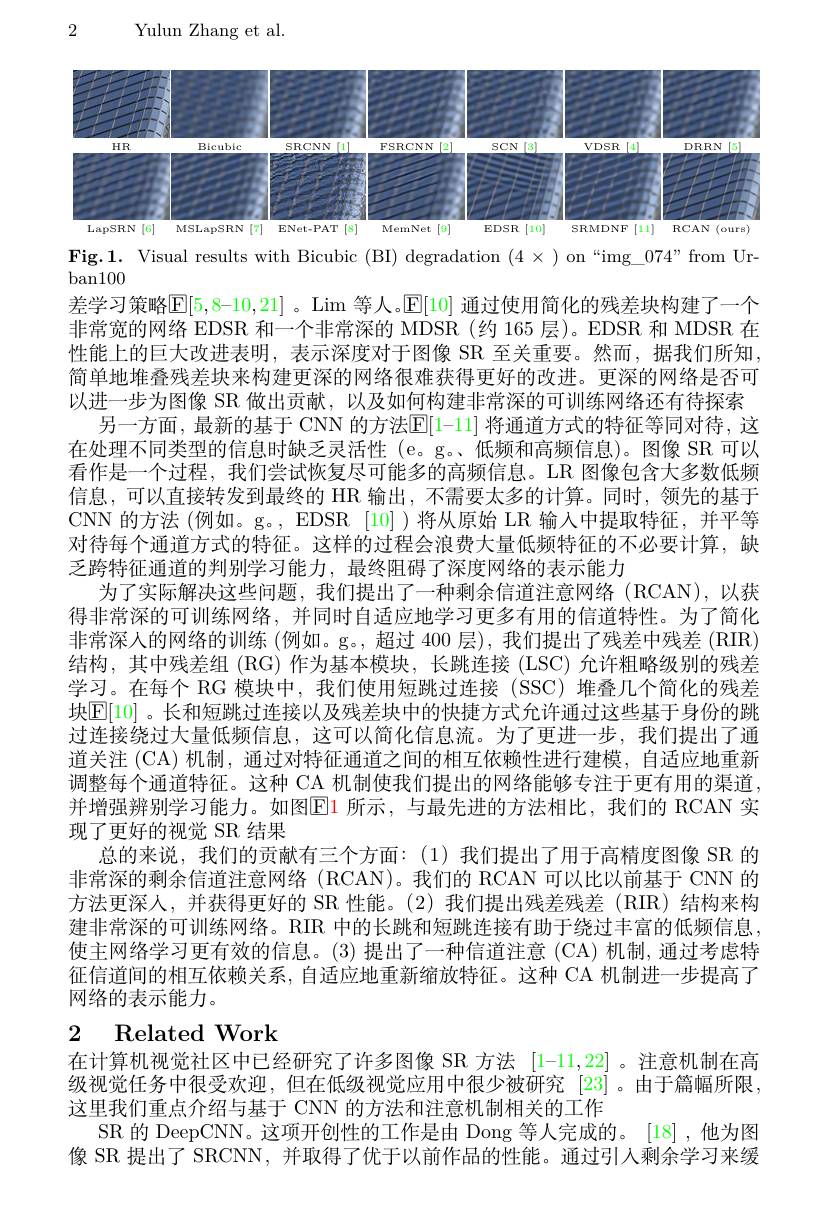
2

Yulun Zhang et al.

<FigureHere>

Fig.1. Visual results with Bicubic (BI) degradation (4~×~) on “img\_074"from Ur-
${\mathrm{ban100}}$
差学习策略$|\mathbb{E}|5,8–10,21|$ 。Lim 等人。$\mathbb{E}|10|$ 通过使用简化的残差块构建了一个非常宽的网络 EDSR 和一个非常深的 MDSR (约 165 层)。EDSR 和 MDSR 在性能上的巨大改进表明，表示深度对于图像 SR 至关重要。然而，据我们所知简单地堆叠残差块来构建更深的网络很难获得更好的改进。更深的网络是否可以进一步为图像 SR 做出贡献，以及如何构建非常深的可训练网络还有待探索
另一方面，最新的基于 CNN 的方法$\mathbb{E}[1-11]$ 将通道方式的特征等同对待，这在处理不同类型的信息时缺乏灵活性 (e。g。低频和高频信息)。图像 SR 可以看作是一个过程，我们尝试恢复尽可能多的高频信息。LR 图像包含大多数低频信息，可以直接转发到最终的 HR 输出，不需要太多的计算。同时，领先的基于CNN 的方法 (例如。g。, EDSR [10] )将从原始 LR 输入中提取特征，并平等对待每个通道方式的特征。这样的过程会浪费大量低频特征的不必要计算，缺乏跨特征通道的判别学习能力，最终阻碍了深度网络的表示能力
为了实际解决这些问题，我们提出了一种剩余信道注意网络(RCAN),以获得非常深的可训练网络，并同时自适应地学习更多有用的信道特性。为了简化非常深入的网络的训练 (例如。g。,超过 400 层), 我们提出了残差中残差 (RIR) 结构，其中残差组(RG)作为基本模块，长跳连接(LSC)允许粗略级别的残差学习。在每个 RG 模块中，我们使用短跳过连接(SSC)堆叠几个简化的残差块$\mathbb{E}[10]$ 。长和短跳过连接以及残差块中的快捷方式允许通过这些基于身份的跳过连接绕过大量低频信息，这可以简化信息流。为了更进一步，我们提出了通道关注 (CA) 机制，通过对特征通道之间的相互依赖性进行建模，自适应地重新调整每个通道特征。这种 CA 机制使我们提出的网络能够专注于更有用的渠道并增强辨别学习能力。如图Ell 所示，与最先进的方法相比，我们的 RCAN 实现了更好的视觉 SR 结果
总的来说，我们的贡献有三个方面：(1)我们提出了用于高精度图像 SR 的非常深的剩余信道注意网络 (RCAN)。我们的 RCAN 可以比以前基于 CNN 的方法更深人，并获得更好的 SR 性能。(2)我们提出残差残差(RIR)结构来构建非常深的可训练网络。RIR 中的长跳和短跳连接有助于绕过丰富的低频信息使主网络学习更有效的信息。(3) 提出了一种信道注意 (CA) 机制，通过考虑特征信道间的相互依赖关系，自适应地重新缩放特征。这种 CA 机制进一步提高了网络的表示能力。
2 Related Work

在计算机视觉社区中已经研究了许多图像 SR 方法[1-11,22] 。注意机制在高级视觉任务中很受欢迎，但在低级视觉应用中很少被研究 [23]。由于篇幅所限。这里我们重点介绍与基于 CNN 的方法和注意机制相关的工作
SR 的 DeepCNN。这项开创性的工作是由 Dong 等人完成的。[18],他为图像 SR 提出了 SRCNN, 并取得了优于以前作品的性能。通过引人剩余学习来缓